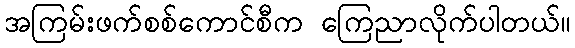
အကြမ်းဖက်စစ်ကောင်စီက ကြေညာလိုက်ပါတယ်။